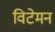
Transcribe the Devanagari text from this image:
विटेमन